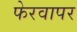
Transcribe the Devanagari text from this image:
फेरवापर